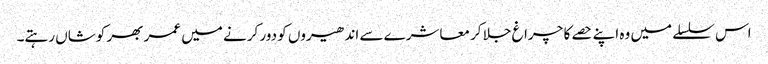
اس سلسلے میں وہ اپنے حصے کا چراغ جلا کر معاشرے سے اندھیروں کو دور کرنے میں عمر بھر کوشاں رہتے۔